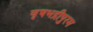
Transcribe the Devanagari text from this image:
वृषभद्रीपुरम